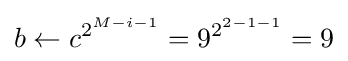
b\leftarrow c^{2^{M-i-1}}=9^{2^{2-1-1}}=9